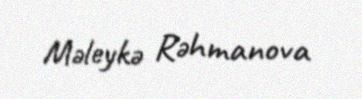
Məleykə Rəhmanova